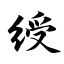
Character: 绶